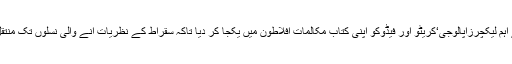
اس کے شاگرد افلاطون نے سقراط کے آخری تین سب سے اہم لیکچرزاپالوجی‘کریٹو اور فیڈوکو اپنی کتاب مکالماتِ افلاطون میں یکجا کر دیا تاکہ سقراط کے نظریات آنے والی نسلوں تک منتقل ہو سکیں اور سقراط کو ہمیشہ پڑھا اور سمجھا جاتا رہے۔